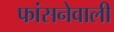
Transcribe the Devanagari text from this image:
फांसनेवाली